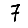
Digit: 7